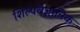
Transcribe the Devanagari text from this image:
शिल्पवैज्ञानिक